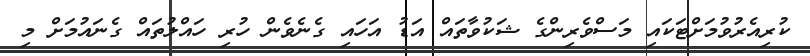
ކުރިއެރުވުމަށްޓަކައި މަސްވެރިންގެ ޝަކުވާތައް އަޑު އަހައި ގެނެވެން ހުރި ހައްލުތައް ގެނައުމަށް މި